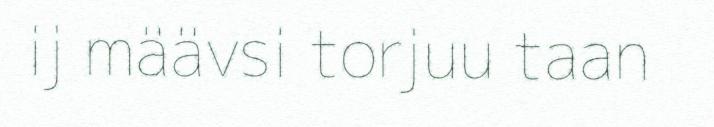
ij määvsi torjuu taan